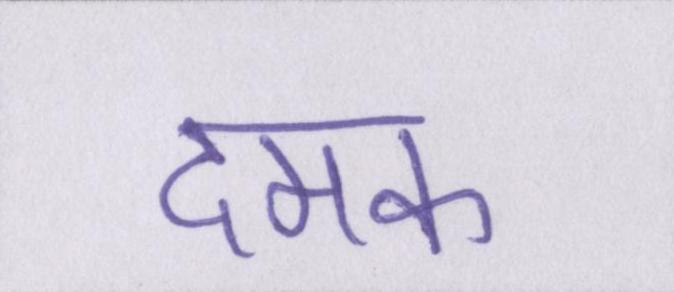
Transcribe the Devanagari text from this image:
दमक